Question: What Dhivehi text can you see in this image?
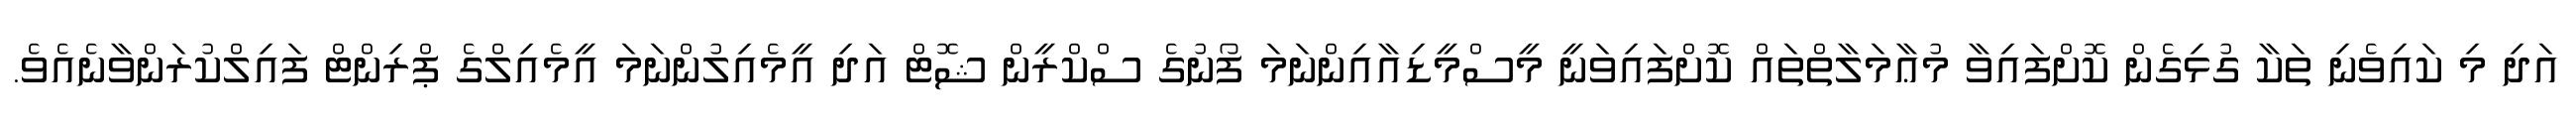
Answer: އަދި މި ކައިވެނި ތަކާ ގުޅިގެން ކޮށްފައިވާ މުޢާމަލާތްތައް ކޮށްފައިވަނީ މީސްމީޑިއާއިންނަމަ ފޯނުގެ ސްކްރީން ޝޮޓް އަދި އީމެއިލުންނަމަ އީމެއިލްގެ ޕްރިންޓް ފައިލްކުރަންވާނެއެވެ.